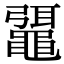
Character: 𪓯